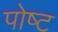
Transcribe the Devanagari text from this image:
पोष्‍ट